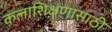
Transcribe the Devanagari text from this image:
कलाशिक्षणासाठी